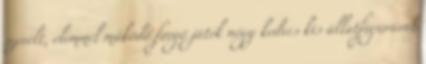
szerelt, elemmel működő forgó játék négy kedves kis állatfigurával